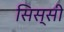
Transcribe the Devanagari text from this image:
सिस्सी